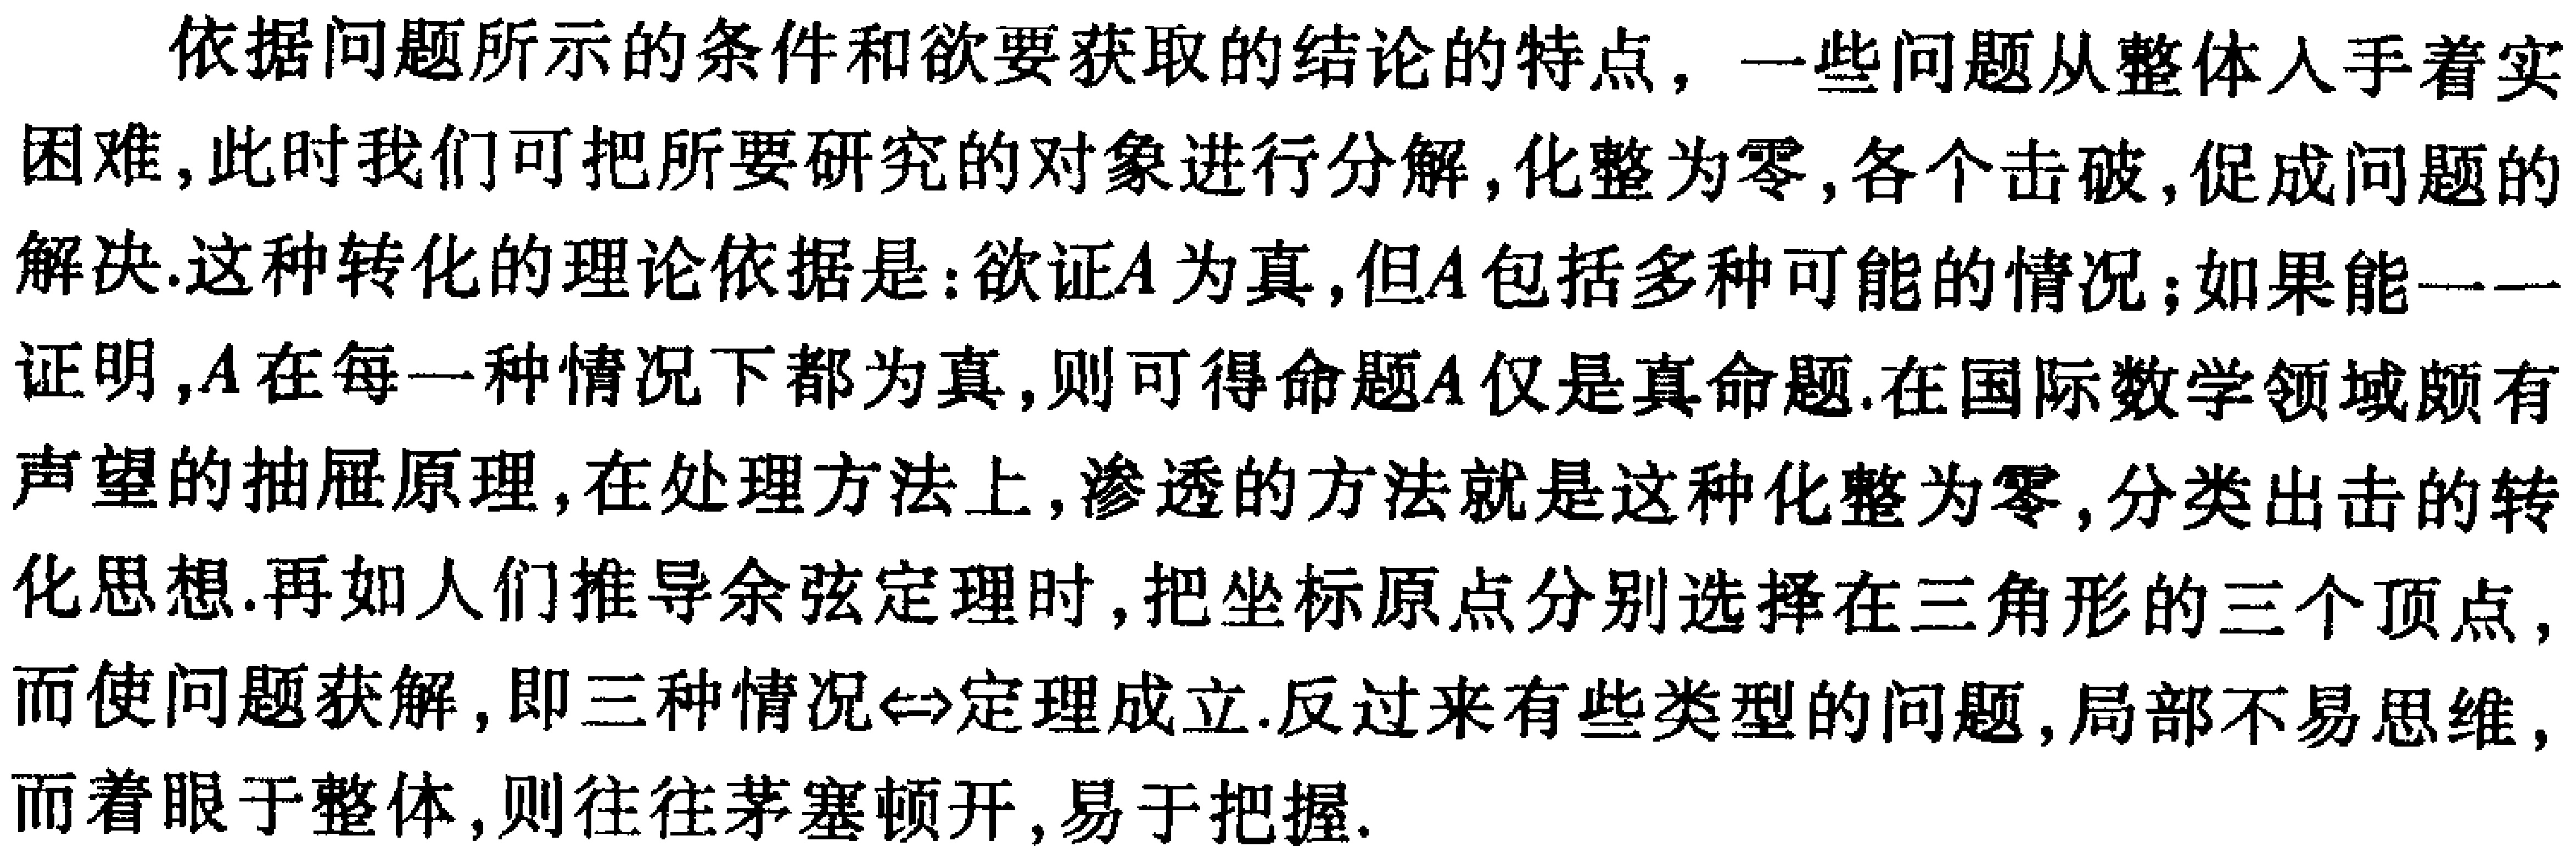
依据问题所示的条件和欲要获取的结论的特点，一些问题从整体入手着实困难，此时我们可把所要研究的对象进行分解，化整为零，各个击破，促成问题的解决.这种转化的理论依据是：欲证\(A\)为真，但\(A\)包括多种可能的情况；如果能一一证明，\(A\)在每一种情况下都为真，则可得命题\(A\)仅是真命题.在国际数学领域颇有声望的抽屉原理，在处理方法上，渗透的方法就是这种化整为零，分类出击的转化思想.再如人们推导余弦定理时，把坐标原点分别选择在三角形的三个顶点，而使问题获解，即三种情况\(\Leftrightarrow\)定理成立.反过来有些类型的问题，局部不易思维，而着眼于整体，则往往茅塞顿开，易于把握.